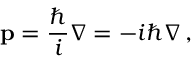
\mathbf { p } = { \frac { \hbar } { i } } \nabla = - i \hbar \nabla \, ,